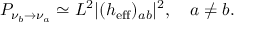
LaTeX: P _ { \nu _ { b } \rightarrow \nu _ { a } } \simeq L ^ { 2 } | ( h _ { \mathrm { e f f } } ) _ { a b } | ^ { 2 } , \quad a \neq b .